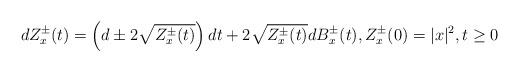
LaTeX: \begin{align*} dZ_x^{\pm}(t) = \left( d\pm 2\sqrt{Z_x^{\pm}(t)} \right)dt + 2\sqrt{Z_x^{\pm}(t)}dB_x^{\pm}(t),Z_x^{\pm}(0)=\vert x\vert^2,t\geq 0 \end{align*}